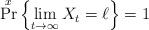
LaTeX: \begin{align*}\Pr^x\left\{\lim_{t\rightarrow \infty} X_t = \ell\right\}=1\end{align*}